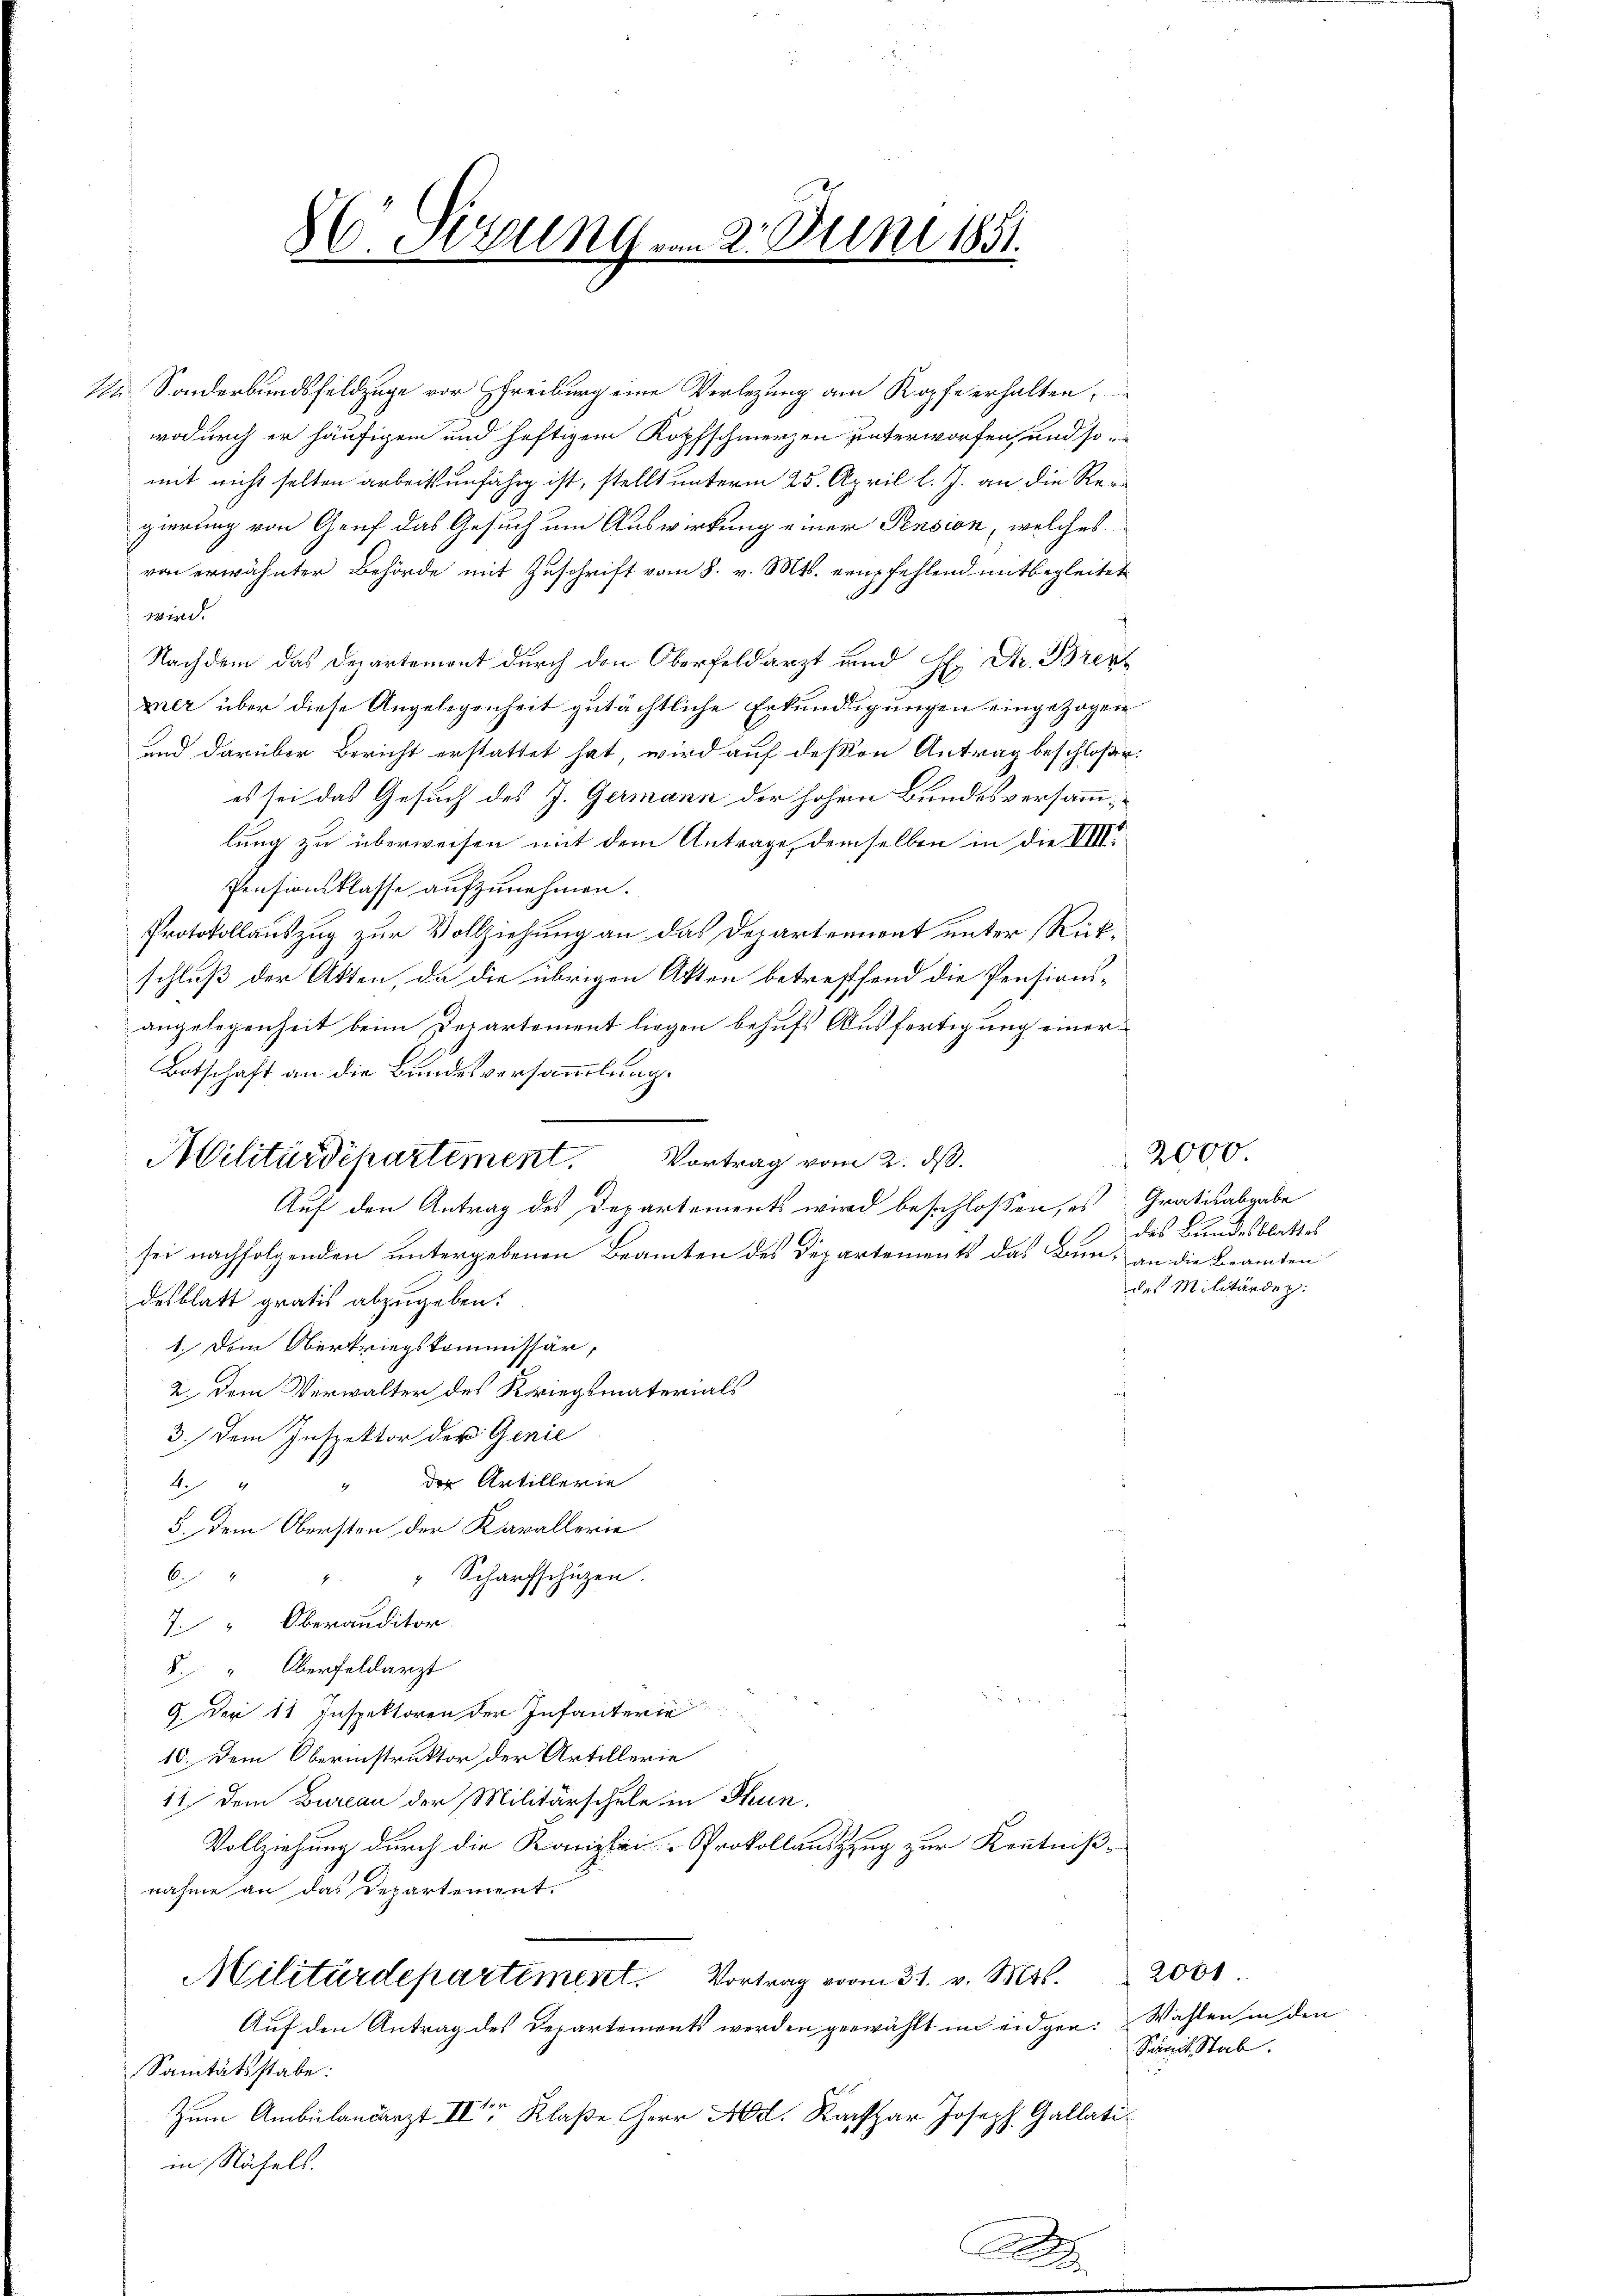
d

1 Sonderbundsfeldzüge vor Schreiburg eine Verlegung am Kopfe erhalten,
wodurch er häufigen und heftigem Kopfschmerzen unterworfen, und somit nicht solten arbeitsunfähig ist, stellt unterm 25. April l. J. an die Regierung von Genf das Gesuch um Auswirkung einer Pension, welches
von erwähnter Behörde mit Zuschrift vom 8. v. Mts. empfehlend mitbegleitet
wird.
Nachdem das Departement durch den Oberfeldarzt und H. Dr. Breit
mer über diese Angelegenheit gutächtliche Erkundigungen eingezogen
und darüber Bericht erstattet hat, wird auf deßen Antrag beschloße:
es sei das Gesuch des J. Germann der hohem Bundesversammlung zu überweisen mit dem Antrage, demselben in die VIII
Pensionsklasse aufzunehmen.
Protokollauszug zur Vollziehung an das Departement unter Rückschluß der Akten, da die übrigen Akten betrefffend die Pensionsangelegenheit beim Departement liegen behufs Ausfertigung einer
Botschaft an die Bundesversammlung.
Auf den Antrag des Departements wird beschlossen, es Gratisabgabe
sei nachfolgenden untergebenen Beamten des Departements das Bun, an die Beamten
desblatt gratis abzugeben.
1. Dem Obertriegskommissär,
2. Dem Verwalter des Kriegsmaterials
3.) Dem Inspektor der Genie
der Artillerie
A.
5. dem Obersten der Kavallerie
" Scharfschüzen.
A 2
7. Oberauditor
8. " Oberfeldarzt
2 f 0 x
9. Der 11 Inspektoren der Infanterie
10. Dem Oberinstruktor der Artillerie
11 dem Bureau der Militärschule in Thun.
Vollziehung durch die Kanzlei-Prokollauszzug zur Kenntnißnahme an das Departement.
Militärdepartement. Vortrag vom 31. v. Mts. 200
Auf den Antrag des Departements werden gewählt in eidgen. Wählen in den
Sanitätsstabe:
Zum Ambulandarzt II Klaße Herr Ad. Kachpar Joseph Gallatiin Näfels.

8C Sizung vom 2. Juni 1851.

Militärdepartement. Vortrag vom 2. ds.

A

2000
des Bundesblattes
des Militärdep

Samit Stab.